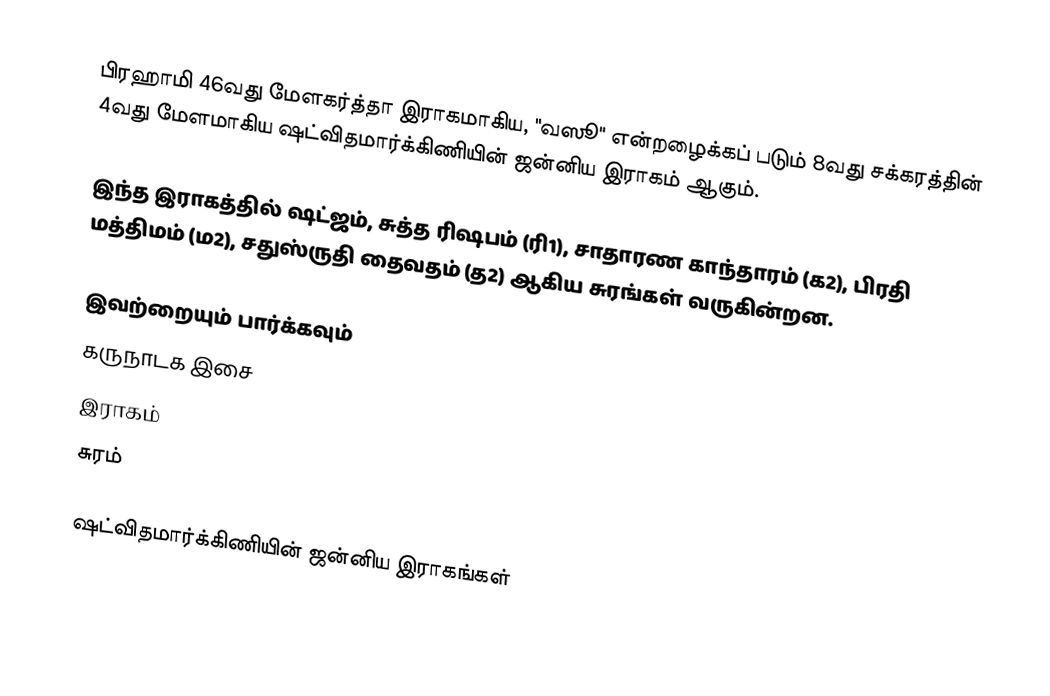
பிரஹாமி 46வது மேளகர்த்தா இராகமாகிய, "வஸூ" என்றழைக்கப் படும் 8வது சக்கரத்தின் 4வது மேளமாகிய ஷட்விதமார்க்கிணியின் ஜன்னிய இராகம் ஆகும்.

இந்த இராகத்தில் ஷட்ஜம், சுத்த ரிஷபம் (ரி1), சாதாரண காந்தாரம் (க2), பிரதி மத்திமம் (ம2), சதுஸ்ருதி தைவதம் (த2) ஆகிய சுரங்கள் வருகின்றன.

இவற்றையும் பார்க்கவும்
 கருநாடக இசை
 இராகம்
 சுரம்

ஷட்விதமார்க்கிணியின் ஜன்னிய இராகங்கள்